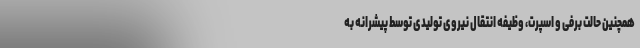
همچنین حالت برفی و اسپرت، وظیفه انتقال نیروی تولیدی توسط پیشرانه به